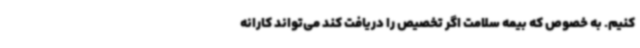
کنیم. به خصوص که بیمه سلامت اگر تخصیص را دریافت کند می‌تواند کارانه